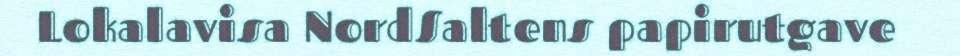
Lokalavisa NordSaltens papirutgave